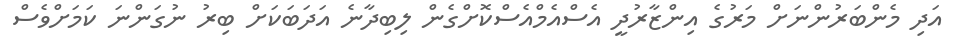
އަދި މެންބަރުންނަށް މަރުގެ އިންޒާރުދީ އެސްއެމްއެސްކޮށްގެން ލިބިދާނެ އަދަބަކަށް ބިރު ނުގަންނަ ކަމަށްވެސް